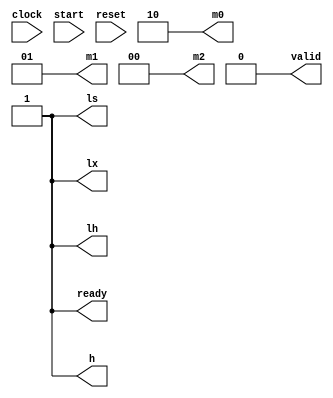
module cb
(
    input clock,
          start,
          reset,
    output [1:0] m0, // controle do mux0
                 m1, // controle do mux1
                 m2, // controle do mux2
    output h, // controle de qual operao deve ser feita no ciclo atual
           lx, // enable do Reg_X
           ls, // controle do Reg_S
           lh, // controle do Reg_H
           ready, // sinal para se est pronto para comear (estado A)
           valid // sinal para se terminou o clculo
);

reg [3:0] state;

assign h = ~state[2] | (~state[1] & ~state[0]);
assign lx = ~state[2] & ~state[1];
assign ls = ~state[2] | (~state[1] & state[0]) | (state[1] & ~state[0]);
assign lh = 1;
assign m0[1] = ~state[0] | (state[2] & state[1]);
assign m0[0] = state[1];
assign m1[1] = state[0];
assign m1[0] = ~state[2] | (~state[1] & ~state[0]);
assign m2[1] = (~state[1] & state[0]) | (state[2] & state[1]);
assign m2[0] = state[0] | state[2];
assign ready = (~state[2] & ~state[1]) & ~state[0];
assign valid = (state[3] & ~state[2]) & (~state[1] & ~state[0]);

always @(reset)
begin
    state = 0;
end

always @(posedge clock)
begin
    // vergonha dessa parte do cdigo, talvez depois eu volte nisso e corrija
    if(state == 9)
        state = 0;

    else if(state != 0 || (state == 0 && start))
        state = state + 1;
end

endmodule